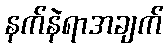
နက်နဲရာအချက်